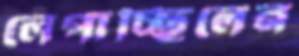
লেপাচ্ছিলেন